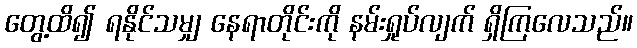
တွေ့ထိ၍ ရနိုင်သမျှ နေရာတိုင်းကို နမ်းရှုပ်လျက် ရှိကြလေသည်။